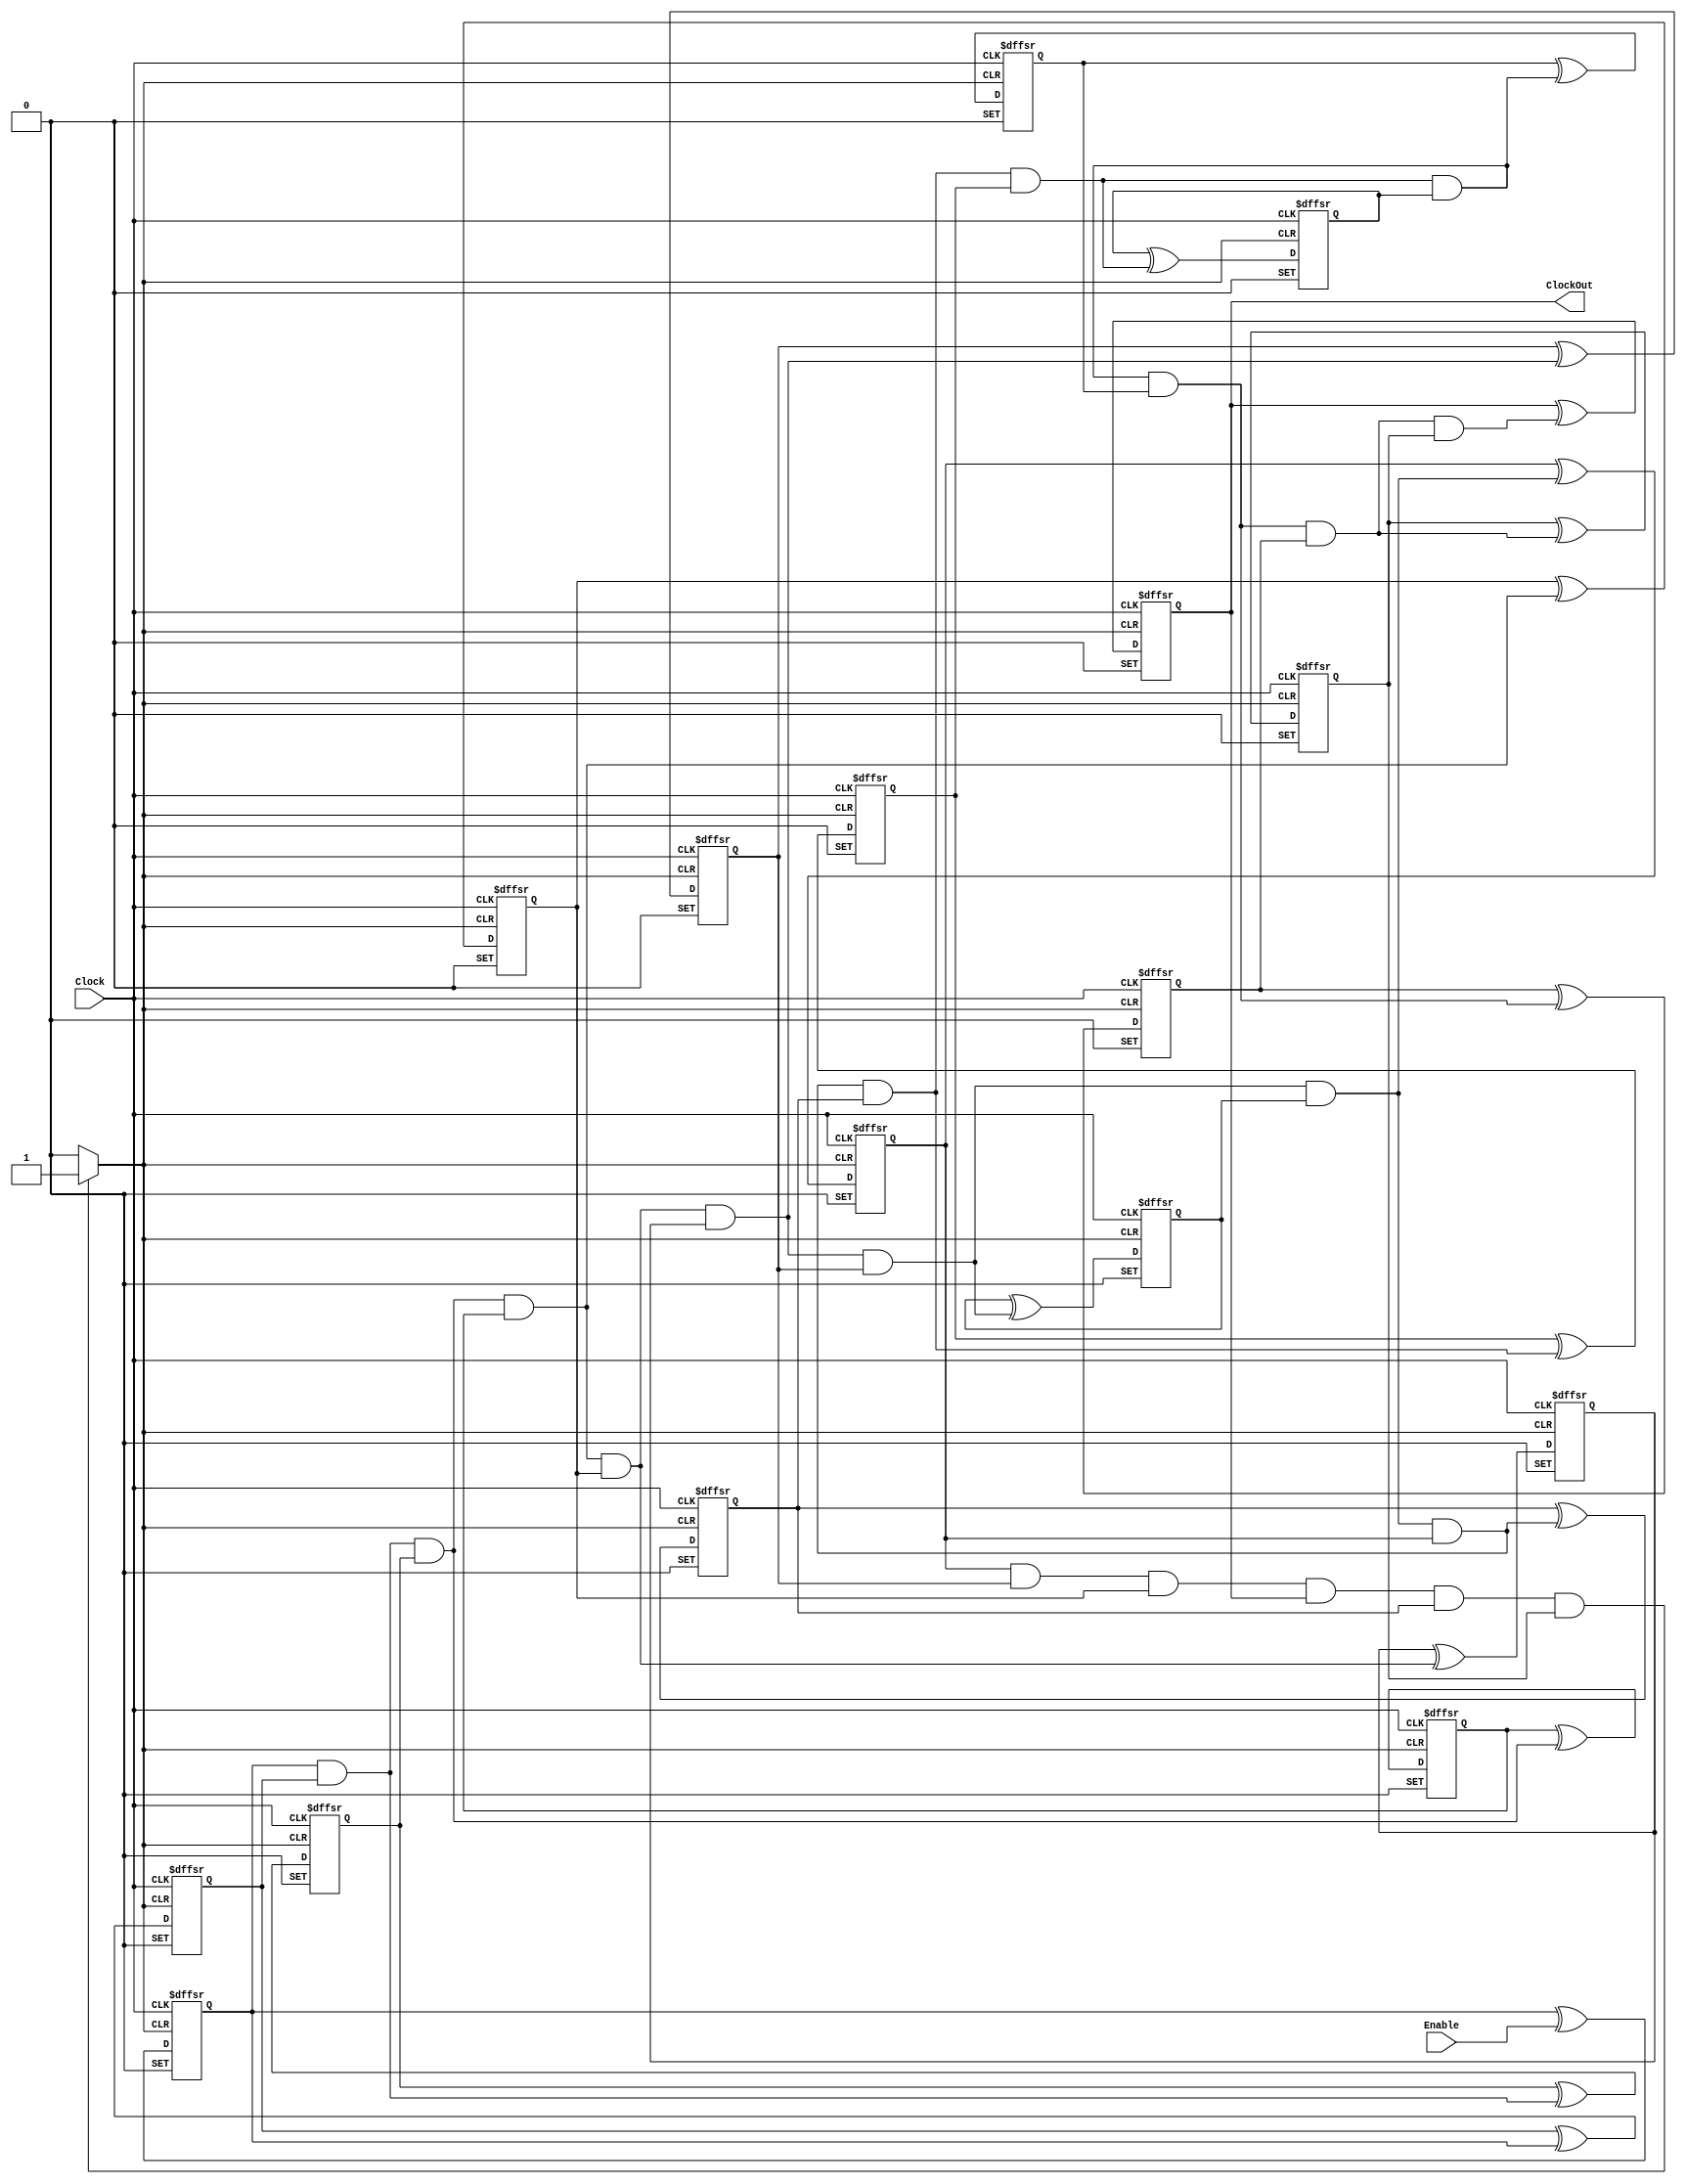
// This program was cloned from: https://github.com/ckugel/Reaction-Time-Game
// License: MIT License

// Copyright (C) 2023  Intel Corporation. All rights reserved.
// Your use of Intel Corporation's design tools, logic functions 
// and other software and tools, and any partner logic 
// functions, and any output files from any of the foregoing 
// (including device programming or simulation files), and any 
// associated documentation or information are expressly subject 
// to the terms and conditions of the Intel Program License 
// Subscription Agreement, the Intel Quartus Prime License Agreement,
// the Intel FPGA IP License Agreement, or other applicable license
// agreement, including, without limitation, that your use is for
// the sole purpose of programming logic devices manufactured by
// Intel and sold by Intel or its authorized distributors.  Please
// refer to the applicable agreement for further details, at
// https://fpgasoftware.intel.com/eula.
// PROGRAM		"Quartus Prime"
// VERSION		"Version 22.1std.1 Build 917 02/14/2023 SC Standard Edition"
// CREATED		"Tue Apr 30 03:28:14 2024"

module divideByFiftyThousandCounter(
	Enable,
	Clock,
	ClockOut
);


input wire	Enable;
input wire	Clock;
output wire	ClockOut;

wire	SYNTHESIZED_WIRE_59;
wire	SYNTHESIZED_WIRE_60;
reg	SYNTHESIZED_WIRE_61;
wire	SYNTHESIZED_WIRE_62;
reg	SYNTHESIZED_WIRE_63;
wire	SYNTHESIZED_WIRE_64;
reg	SYNTHESIZED_WIRE_65;
wire	SYNTHESIZED_WIRE_66;
reg	TFF_inst3;
wire	SYNTHESIZED_WIRE_67;
reg	SYNTHESIZED_WIRE_68;
wire	SYNTHESIZED_WIRE_69;
reg	SYNTHESIZED_WIRE_70;
reg	TFF_inst25;
reg	SYNTHESIZED_WIRE_71;
wire	SYNTHESIZED_WIRE_72;
wire	SYNTHESIZED_WIRE_73;
wire	SYNTHESIZED_WIRE_74;
wire	SYNTHESIZED_WIRE_75;
reg	TFF_inst18;
reg	TFF_inst19;
wire	SYNTHESIZED_WIRE_76;
reg	TFF_inst80;
wire	SYNTHESIZED_WIRE_77;
wire	SYNTHESIZED_WIRE_31;
reg	TFF_inst20;
wire	SYNTHESIZED_WIRE_78;
wire	SYNTHESIZED_WIRE_79;
reg	TFF_inst1;
reg	TFF_inst2;
reg	TFF_inst16;
reg	TFF_inst6;

assign	ClockOut = TFF_inst25;
assign	SYNTHESIZED_WIRE_59 = 1;




always@(posedge Clock or negedge SYNTHESIZED_WIRE_60 or negedge SYNTHESIZED_WIRE_59)
begin
if (!SYNTHESIZED_WIRE_60)
	begin
	TFF_inst1 <= 0;
	end
else
if (!SYNTHESIZED_WIRE_59)
	begin
	TFF_inst1 <= 1;
	end
else
	TFF_inst1 <= TFF_inst1 ^ SYNTHESIZED_WIRE_61;
end

assign	SYNTHESIZED_WIRE_64 = SYNTHESIZED_WIRE_62 & SYNTHESIZED_WIRE_63;



always@(posedge Clock or negedge SYNTHESIZED_WIRE_60 or negedge SYNTHESIZED_WIRE_59)
begin
if (!SYNTHESIZED_WIRE_60)
	begin
	SYNTHESIZED_WIRE_61 <= 0;
	end
else
if (!SYNTHESIZED_WIRE_59)
	begin
	SYNTHESIZED_WIRE_61 <= 1;
	end
else
	SYNTHESIZED_WIRE_61 <= SYNTHESIZED_WIRE_61 ^ Enable;
end

assign	SYNTHESIZED_WIRE_76 = SYNTHESIZED_WIRE_64 & SYNTHESIZED_WIRE_65;

assign	SYNTHESIZED_WIRE_78 = SYNTHESIZED_WIRE_66 & TFF_inst3;

assign	SYNTHESIZED_WIRE_69 = SYNTHESIZED_WIRE_67 & SYNTHESIZED_WIRE_68;


always@(posedge Clock or negedge SYNTHESIZED_WIRE_60 or negedge SYNTHESIZED_WIRE_59)
begin
if (!SYNTHESIZED_WIRE_60)
	begin
	TFF_inst16 <= 0;
	end
else
if (!SYNTHESIZED_WIRE_59)
	begin
	TFF_inst16 <= 1;
	end
else
	TFF_inst16 <= TFF_inst16 ^ SYNTHESIZED_WIRE_69;
end

assign	SYNTHESIZED_WIRE_60 = ~(SYNTHESIZED_WIRE_63 & SYNTHESIZED_WIRE_68 & SYNTHESIZED_WIRE_70 & TFF_inst25 & SYNTHESIZED_WIRE_65 & SYNTHESIZED_WIRE_71);


always@(posedge Clock or negedge SYNTHESIZED_WIRE_60 or negedge SYNTHESIZED_WIRE_59)
begin
if (!SYNTHESIZED_WIRE_60)
	begin
	TFF_inst18 <= 0;
	end
else
if (!SYNTHESIZED_WIRE_59)
	begin
	TFF_inst18 <= 1;
	end
else
	TFF_inst18 <= TFF_inst18 ^ SYNTHESIZED_WIRE_72;
end


always@(posedge Clock or negedge SYNTHESIZED_WIRE_60 or negedge SYNTHESIZED_WIRE_59)
begin
if (!SYNTHESIZED_WIRE_60)
	begin
	TFF_inst19 <= 0;
	end
else
if (!SYNTHESIZED_WIRE_59)
	begin
	TFF_inst19 <= 1;
	end
else
	TFF_inst19 <= TFF_inst19 ^ SYNTHESIZED_WIRE_73;
end


always@(posedge Clock or negedge SYNTHESIZED_WIRE_60 or negedge SYNTHESIZED_WIRE_59)
begin
if (!SYNTHESIZED_WIRE_60)
	begin
	TFF_inst2 <= 0;
	end
else
if (!SYNTHESIZED_WIRE_59)
	begin
	TFF_inst2 <= 1;
	end
else
	TFF_inst2 <= TFF_inst2 ^ SYNTHESIZED_WIRE_74;
end


always@(posedge Clock or negedge SYNTHESIZED_WIRE_60 or negedge SYNTHESIZED_WIRE_59)
begin
if (!SYNTHESIZED_WIRE_60)
	begin
	TFF_inst20 <= 0;
	end
else
if (!SYNTHESIZED_WIRE_59)
	begin
	TFF_inst20 <= 1;
	end
else
	TFF_inst20 <= TFF_inst20 ^ SYNTHESIZED_WIRE_75;
end

assign	SYNTHESIZED_WIRE_73 = SYNTHESIZED_WIRE_72 & TFF_inst18;

assign	SYNTHESIZED_WIRE_75 = SYNTHESIZED_WIRE_73 & TFF_inst19;

assign	SYNTHESIZED_WIRE_72 = SYNTHESIZED_WIRE_76 & TFF_inst80;


always@(posedge Clock or negedge SYNTHESIZED_WIRE_60 or negedge SYNTHESIZED_WIRE_59)
begin
if (!SYNTHESIZED_WIRE_60)
	begin
	SYNTHESIZED_WIRE_71 <= 0;
	end
else
if (!SYNTHESIZED_WIRE_59)
	begin
	SYNTHESIZED_WIRE_71 <= 1;
	end
else
	SYNTHESIZED_WIRE_71 <= SYNTHESIZED_WIRE_71 ^ SYNTHESIZED_WIRE_77;
end


always@(posedge Clock or negedge SYNTHESIZED_WIRE_60 or negedge SYNTHESIZED_WIRE_59)
begin
if (!SYNTHESIZED_WIRE_60)
	begin
	TFF_inst25 <= 0;
	end
else
if (!SYNTHESIZED_WIRE_59)
	begin
	TFF_inst25 <= 1;
	end
else
	TFF_inst25 <= TFF_inst25 ^ SYNTHESIZED_WIRE_31;
end

assign	SYNTHESIZED_WIRE_31 = SYNTHESIZED_WIRE_77 & SYNTHESIZED_WIRE_71;

assign	SYNTHESIZED_WIRE_77 = SYNTHESIZED_WIRE_75 & TFF_inst20;


always@(posedge Clock or negedge SYNTHESIZED_WIRE_60 or negedge SYNTHESIZED_WIRE_59)
begin
if (!SYNTHESIZED_WIRE_60)
	begin
	TFF_inst3 <= 0;
	end
else
if (!SYNTHESIZED_WIRE_59)
	begin
	TFF_inst3 <= 1;
	end
else
	TFF_inst3 <= TFF_inst3 ^ SYNTHESIZED_WIRE_66;
end


always@(posedge Clock or negedge SYNTHESIZED_WIRE_60 or negedge SYNTHESIZED_WIRE_59)
begin
if (!SYNTHESIZED_WIRE_60)
	begin
	SYNTHESIZED_WIRE_70 <= 0;
	end
else
if (!SYNTHESIZED_WIRE_59)
	begin
	SYNTHESIZED_WIRE_70 <= 1;
	end
else
	SYNTHESIZED_WIRE_70 <= SYNTHESIZED_WIRE_70 ^ SYNTHESIZED_WIRE_78;
end


always@(posedge Clock or negedge SYNTHESIZED_WIRE_60 or negedge SYNTHESIZED_WIRE_59)
begin
if (!SYNTHESIZED_WIRE_60)
	begin
	TFF_inst6 <= 0;
	end
else
if (!SYNTHESIZED_WIRE_59)
	begin
	TFF_inst6 <= 1;
	end
else
	TFF_inst6 <= TFF_inst6 ^ SYNTHESIZED_WIRE_79;
end


always@(posedge Clock or negedge SYNTHESIZED_WIRE_60 or negedge SYNTHESIZED_WIRE_59)
begin
if (!SYNTHESIZED_WIRE_60)
	begin
	SYNTHESIZED_WIRE_63 <= 0;
	end
else
if (!SYNTHESIZED_WIRE_59)
	begin
	SYNTHESIZED_WIRE_63 <= 1;
	end
else
	SYNTHESIZED_WIRE_63 <= SYNTHESIZED_WIRE_63 ^ SYNTHESIZED_WIRE_62;
end

assign	SYNTHESIZED_WIRE_74 = SYNTHESIZED_WIRE_61 & TFF_inst1;


always@(posedge Clock or negedge SYNTHESIZED_WIRE_60 or negedge SYNTHESIZED_WIRE_59)
begin
if (!SYNTHESIZED_WIRE_60)
	begin
	SYNTHESIZED_WIRE_68 <= 0;
	end
else
if (!SYNTHESIZED_WIRE_59)
	begin
	SYNTHESIZED_WIRE_68 <= 1;
	end
else
	SYNTHESIZED_WIRE_68 <= SYNTHESIZED_WIRE_68 ^ SYNTHESIZED_WIRE_67;
end


always@(posedge Clock or negedge SYNTHESIZED_WIRE_60 or negedge SYNTHESIZED_WIRE_59)
begin
if (!SYNTHESIZED_WIRE_60)
	begin
	SYNTHESIZED_WIRE_65 <= 0;
	end
else
if (!SYNTHESIZED_WIRE_59)
	begin
	SYNTHESIZED_WIRE_65 <= 1;
	end
else
	SYNTHESIZED_WIRE_65 <= SYNTHESIZED_WIRE_65 ^ SYNTHESIZED_WIRE_64;
end

assign	SYNTHESIZED_WIRE_66 = SYNTHESIZED_WIRE_74 & TFF_inst2;

assign	SYNTHESIZED_WIRE_79 = SYNTHESIZED_WIRE_78 & SYNTHESIZED_WIRE_70;


always@(posedge Clock or negedge SYNTHESIZED_WIRE_60 or negedge SYNTHESIZED_WIRE_59)
begin
if (!SYNTHESIZED_WIRE_60)
	begin
	TFF_inst80 <= 0;
	end
else
if (!SYNTHESIZED_WIRE_59)
	begin
	TFF_inst80 <= 1;
	end
else
	TFF_inst80 <= TFF_inst80 ^ SYNTHESIZED_WIRE_76;
end

assign	SYNTHESIZED_WIRE_62 = SYNTHESIZED_WIRE_69 & TFF_inst16;

assign	SYNTHESIZED_WIRE_67 = SYNTHESIZED_WIRE_79 & TFF_inst6;


endmodule